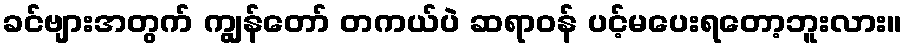
ခင်ဗျားအတွက် ကျွန်တော် တကယ်ပဲ ဆရာဝန် ပင့်မပေးရတော့ဘူးလား။